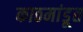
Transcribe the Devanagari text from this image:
काठमांडूत